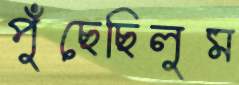
পুঁছেছিলুম